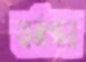
বার্নগায়